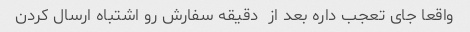
واقعا جای تعجب داره بعد از  دقیقه سفارش رو اشتباه ارسال کردن